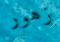
زهور